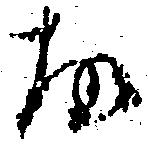
故